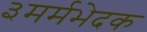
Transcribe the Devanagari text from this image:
३मर्मभेदक